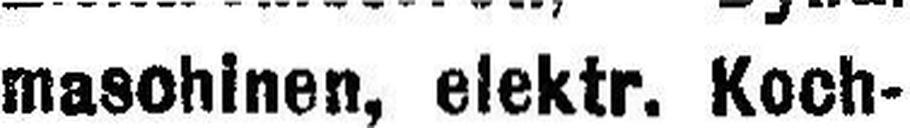
maschinen, elektr. Koch¬